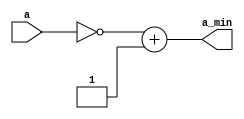
module nb_twos_comp   #(parameter n=5) (
    input [n-1:0] a,
    output reg [n-1:0] a_min
    );

    always @(a)
    begin
       a_min = ~a + 1;    
    end
    
endmodule